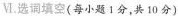
Ⅵ. 选词填空( 每小题 1 分,共 10 分 )